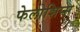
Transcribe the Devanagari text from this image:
फेलोशिप्स